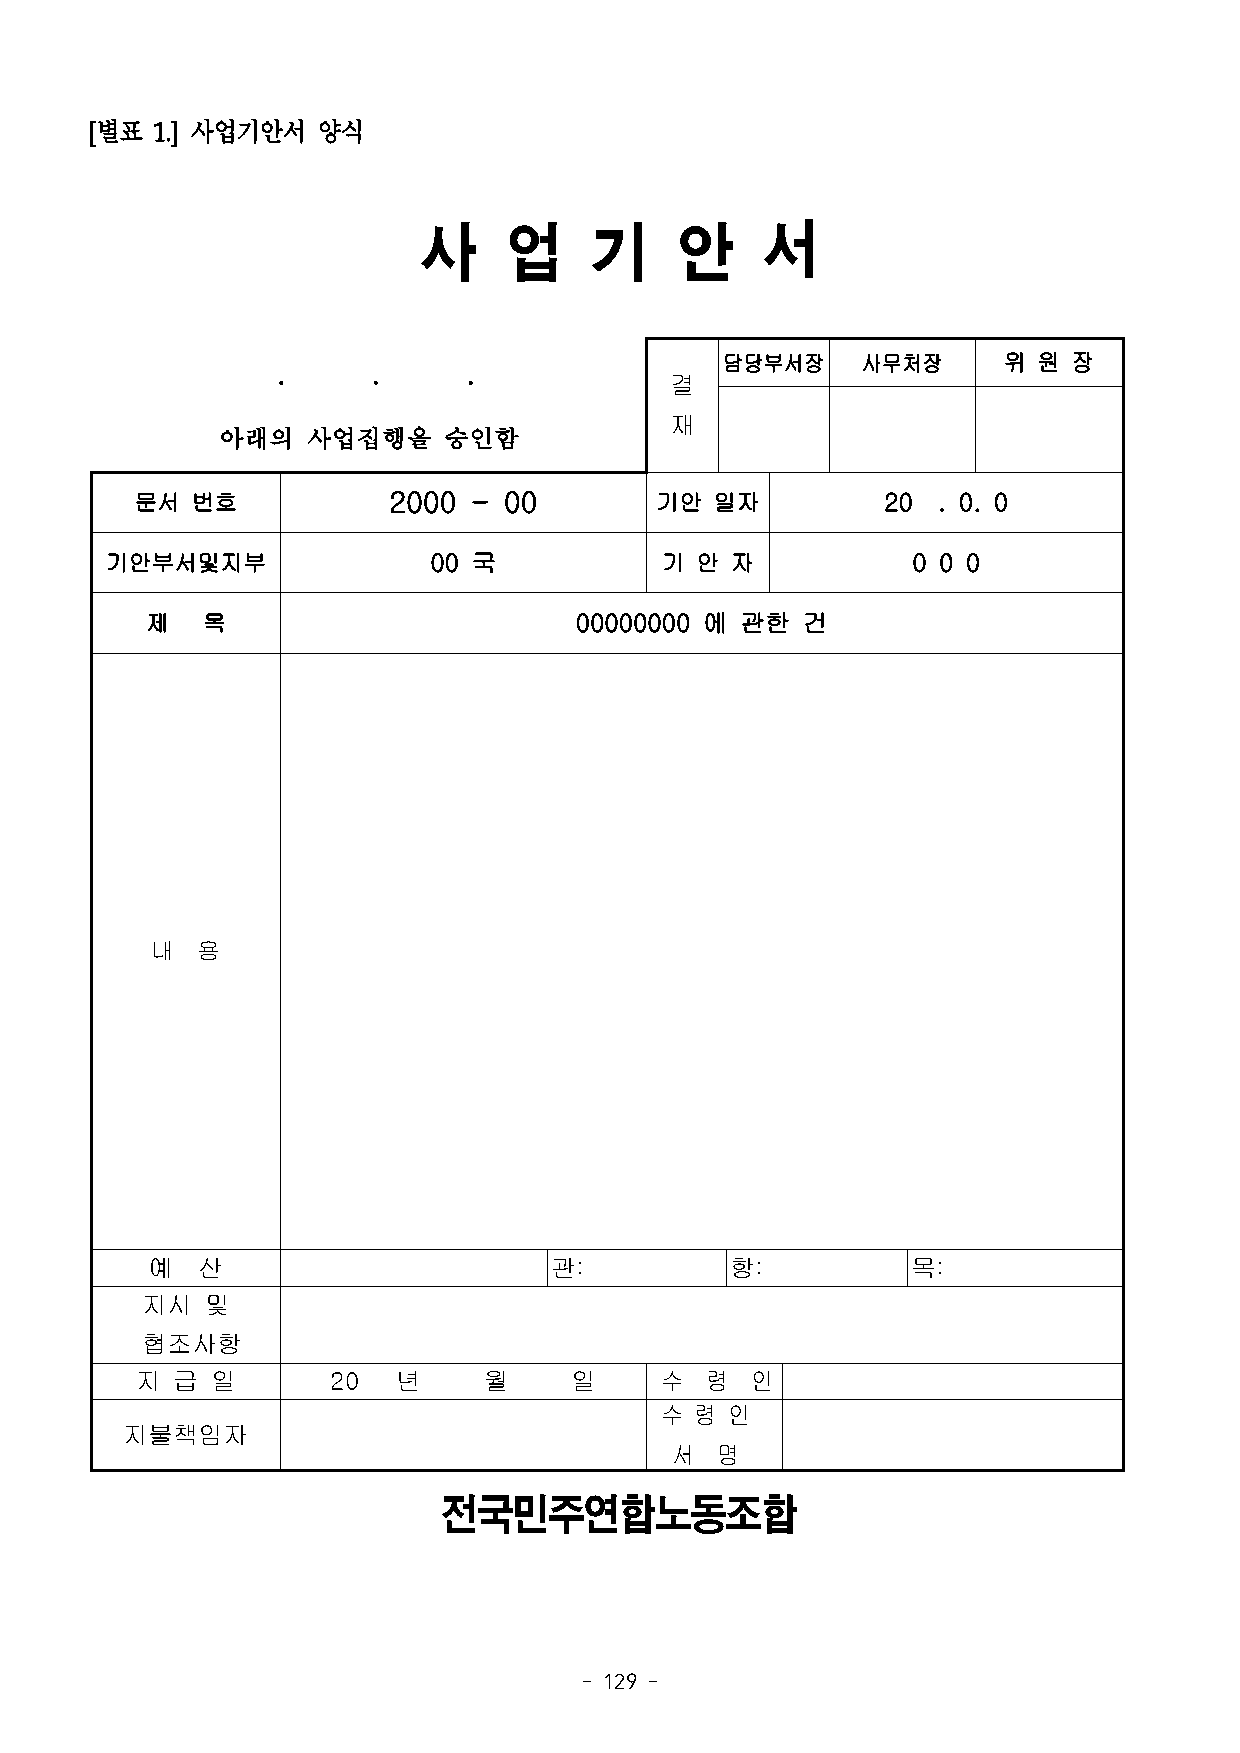
[별표 1.] 사업기안서  양식
 사    업     기     안    서
 담당부서장    사무처장     위  원 장
 .      .     .
 결
 재
 아래의   사업집행을    승인함
 문서  번호           2000 - 00        기안  일자          20 . 0. 0
 기안부서및지부              00 국            기 안 자           0 0 0
 제  목                        00000000 에 관한  건
 내  용
 예  산                      관:          항:          목:
 지시   및
 협조사항
 지 급  일       20  년     월     일     수  령  인
 수 령 인
 지불책임자
 서  명
 전국민주연합노동조합
 - 129 -